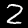
Digit: 2